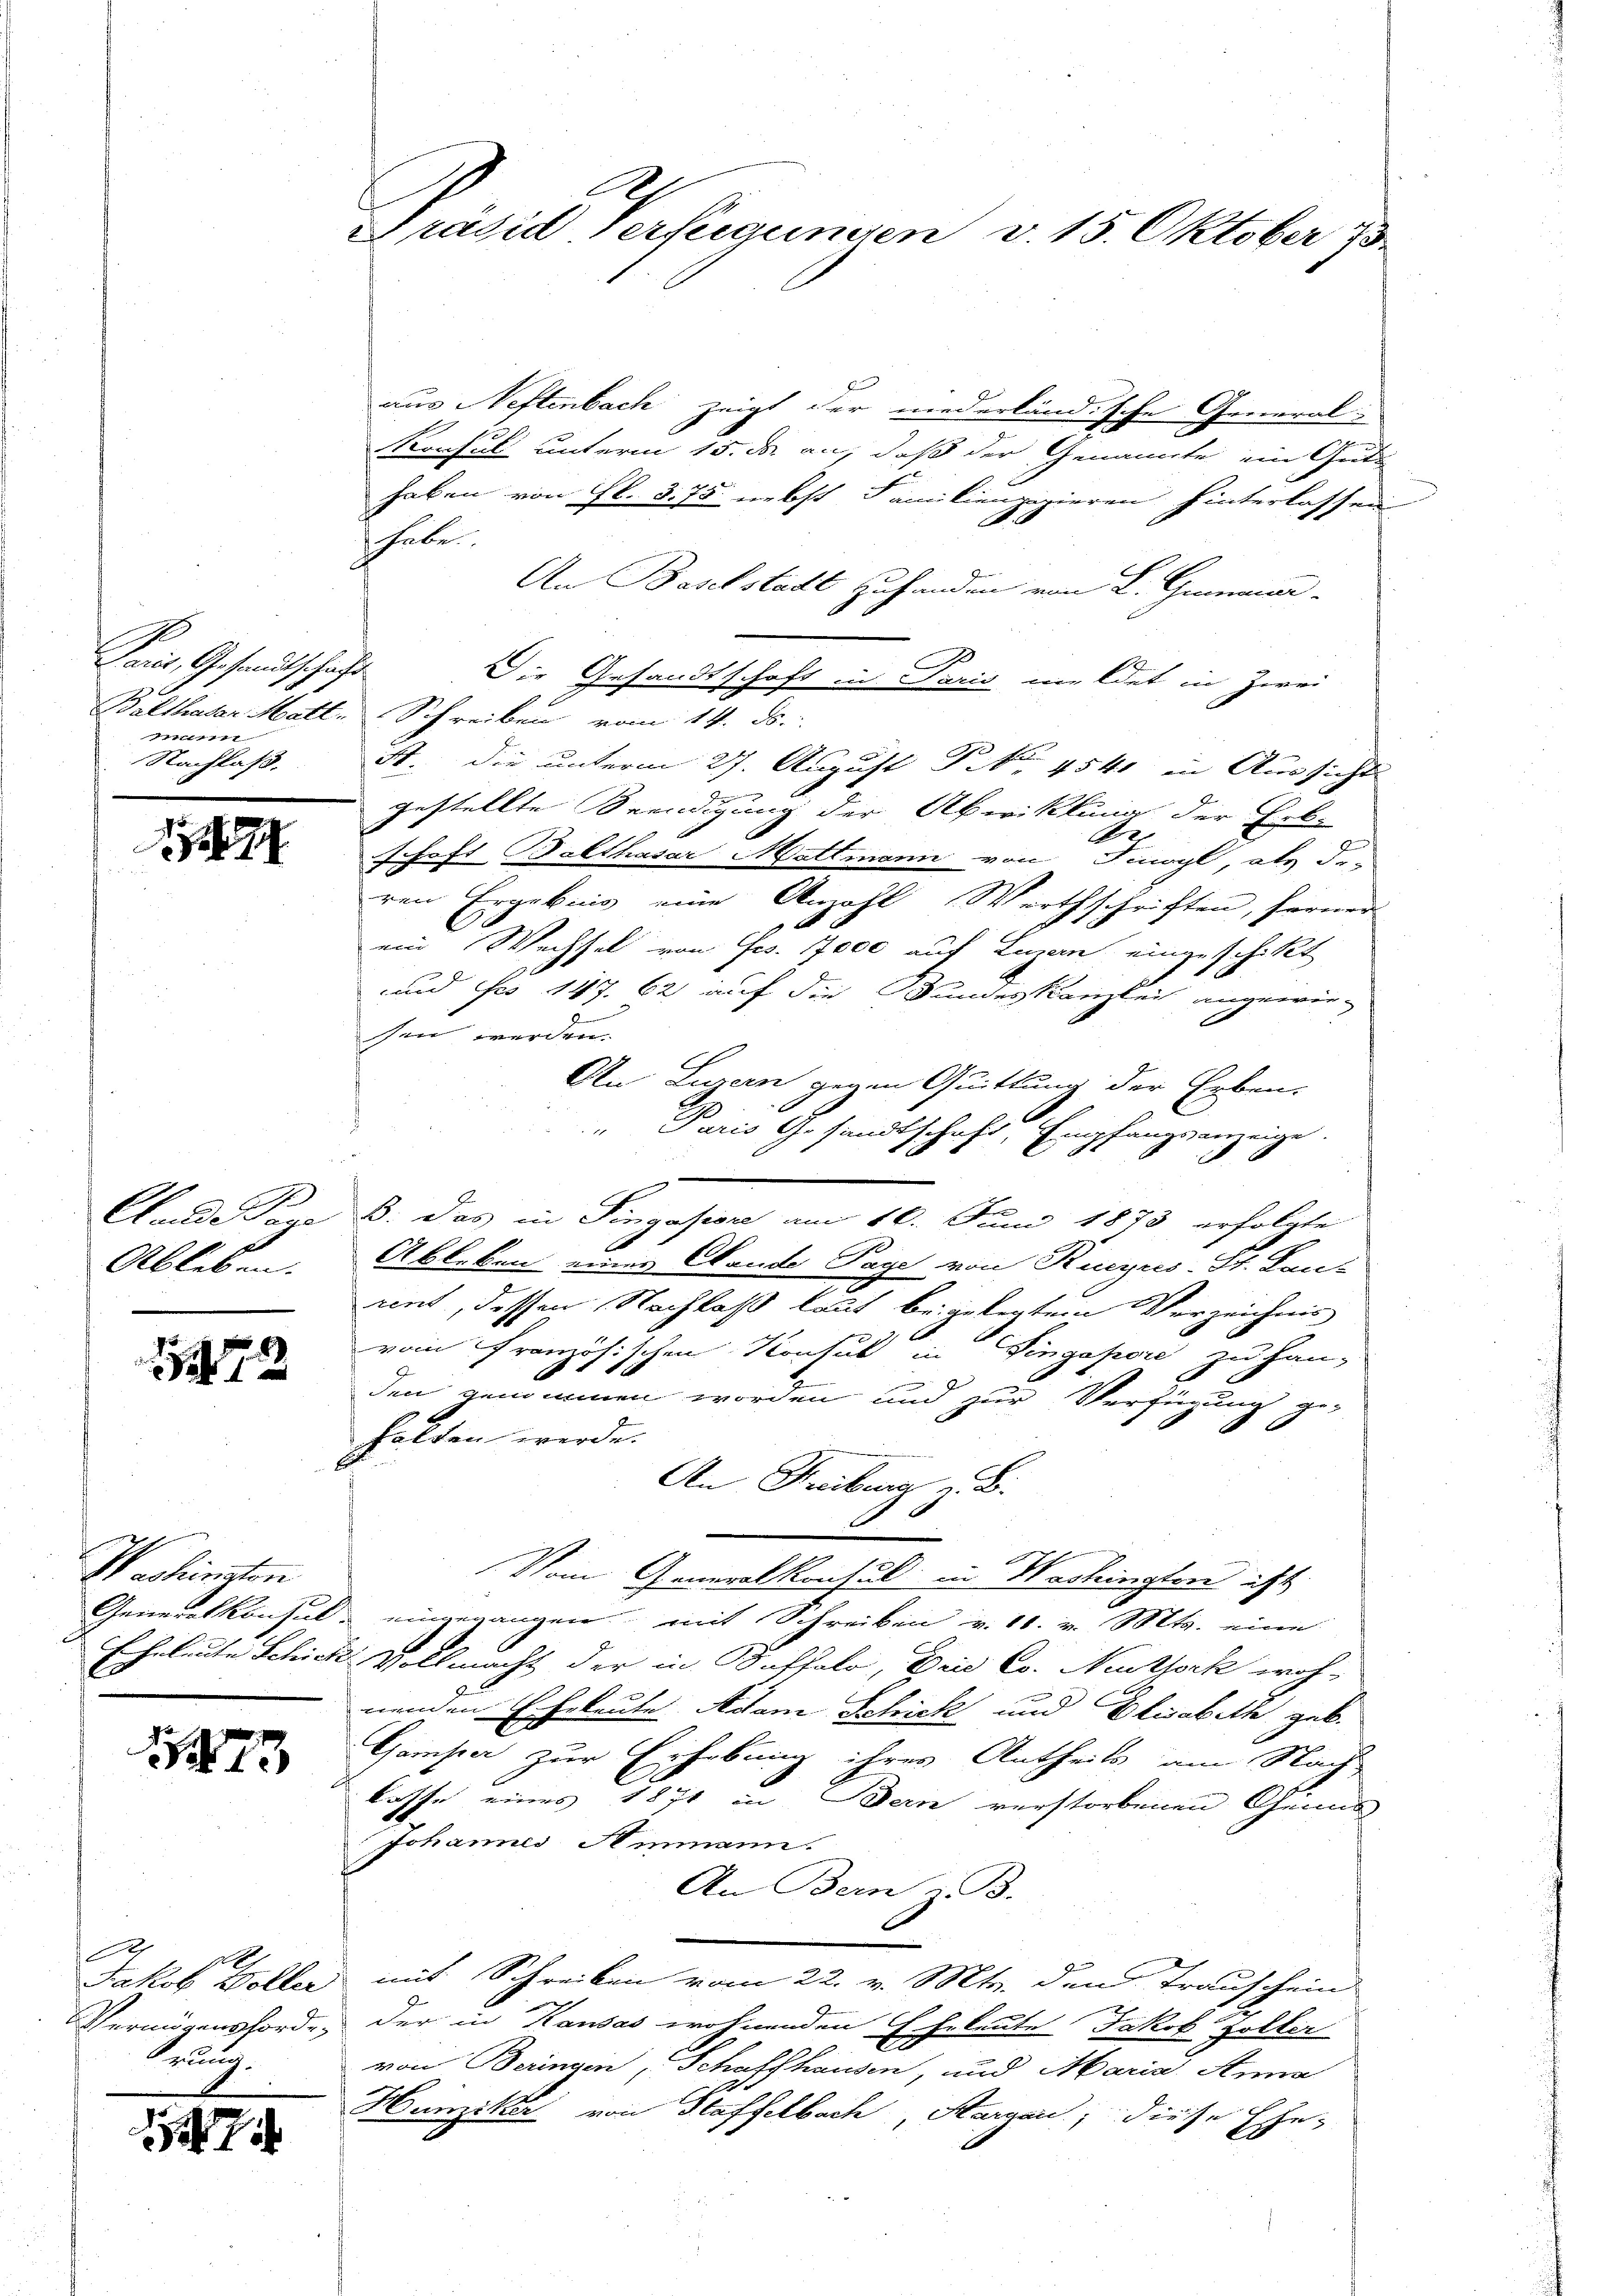
Paris, Gesandtschaft
m
Nachlaß.

17

27
Ableben.

72

Washinsten
.

1

f
Jakob Woller
Prung.

7

Präsid Verfügungen v. 15. Oktober 15.

aus Neftenbach zeigt der niederländische General-
Konsul unterm 15. d. an, daß der Genannte ein Guts
haben von fl. 375 nebst Familienpapieren hinterlassen
habe.
An Baselstadt zufanden von L. Gmeiner-
Die Gesandtschaft in Paris meldet in Zwei
Balthaler Matt. Schreiben vom 14. ds.
St. Die unterm 27. August P. Nr. 4540 in Aussicht
gestellte Beendigung der Abwicklung der Erb-
d
schaft Balthasar Mattmann von Finagl, als die
ren Ergebnis eine Anzahl Werthschriften, ferner
ein Wechsel von Frs. 17000 auf Luzern eingeschickt
E
und es 147. 62 auf die Bundeskanzlei angewiesen werden.
An Luzern gegen Quittung der Erben.
1
Paris Gesandtschaft, Empfangsanzeige.
d
Clunde Tage B. das in Singasiore am 10. Juni 1873 erfolgte
E
Ableben einer Wande Tage von Ruczus-St. Lan-
rnt, dessen Nachlaß laut beigelegtem Verzeichnis
vom französischen Konsul in Vingapore zu han-
den genommen worden und zur Verfügung ge
halten werde.
An Freiburg z. B.
x
Vom Generalkonsul in Washingten ist
Generalkonsul eingegangen, mit Schreiben v. 10. v. Mts. eine
Eheleute Schick Vollmacht der in Saffalo, Eine Co. Nestock woh-
nenden Eheleute Adam Schick und Elisabeth geb.
Gamper zur Erhebung ihres Antheils am Nach
lasse eines 1871 in Bern verstorbenen Genus
Johannes Ammann.
An Bern z. B.
mit Schreiben vom 22. v. Mts. den Trauschein
Vermögensforde der in Kausas wohnenden Eheleute Jakob Zollin
von Beringen, Schaffhausen, und Maria Anna
Hunziker von Staffelbach, Aargau; diese Ehe-